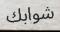
شوابك